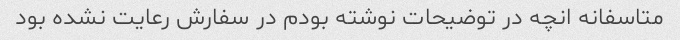
متاسفانه انچه در توضیحات نوشته بودم در سفارش رعایت نشده بود